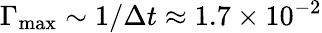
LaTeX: \Gamma_{\mathrm{max}}\sim 1/\Delta t\approx 1.7\times 10^{-2}